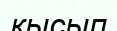
кысып